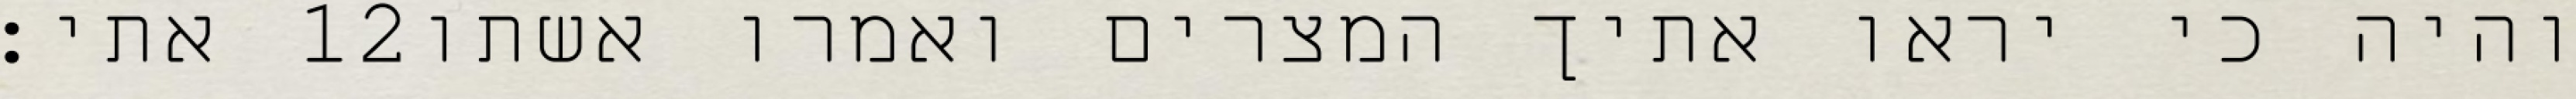
אתי׃ ‎12‏ והיה כי יראו אתיך המצרים ואמרו אשתו